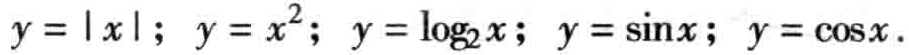
$y = | x |;\ y = x^{2};\ y = \log_{2}x;\ y = \sin x;\ y = \cos x.$